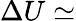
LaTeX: \Delta U\simeq